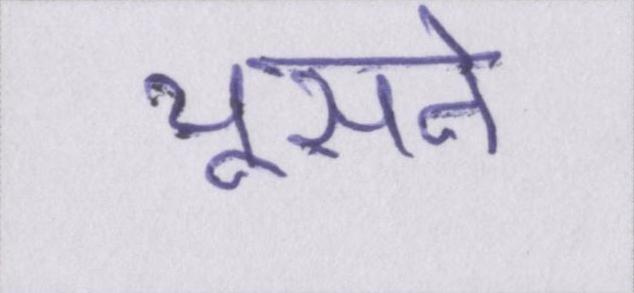
चूसने